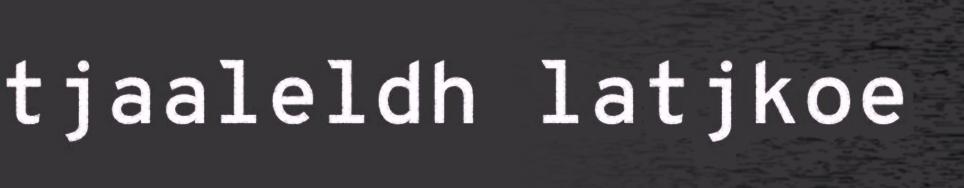
tjaaleldh latjkoe